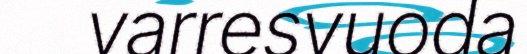
varresvuoda